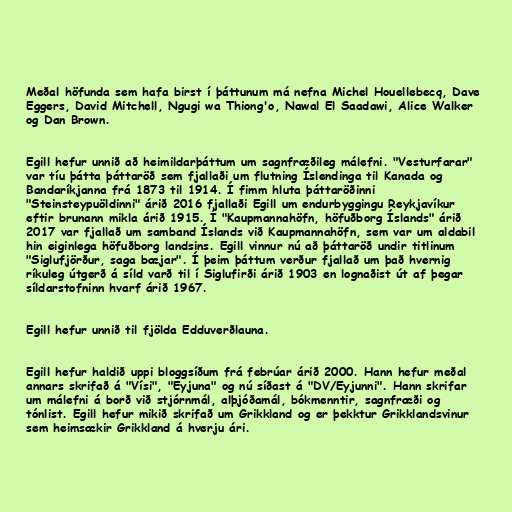
Meðal höfunda sem hafa birst í þáttunum má nefna Michel Houellebecq, Dave
Eggers, David Mitchell, Ngugi wa Thiong'o, Nawal El Saadawi, Alice Walker
og Dan Brown.

Egill hefur unnið að heimildarþáttum um sagnfræðileg málefni. "Vesturfarar"
var tíu þátta þáttaröð sem fjallaði um flutning Íslendinga til Kanada og
Bandaríkjanna frá 1873 til 1914. Í fimm hluta þáttaröðinni
"Steinsteypuöldinni" árið 2016 fjallaði Egill um endurbyggingu Reykjavíkur
eftir brunann mikla árið 1915. Í "Kaupmannahöfn, höfuðborg Íslands" árið
2017 var fjallað um samband Íslands við Kaupmannahöfn, sem var um aldabil
hin eiginlega höfuðborg landsins. Egill vinnur nú að þáttaröð undir titlinum
"Siglufjörður, saga bæjar". Í þeim þáttum verður fjallað um það hvernig
ríkuleg útgerð á síld varð til í Siglufirði árið 1903 en lognaðist út af þegar
síldarstofninn hvarf árið 1967.

Egill hefur unnið til fjölda Edduverðlauna.

Egill hefur haldið uppi bloggsíðum frá febrúar árið 2000. Hann hefur meðal
annars skrifað á "Vísi", "Eyjuna" og nú síðast á "DV/Eyjunni". Hann skrifar
um málefni á borð við stjórnmál, alþjóðamál, bókmenntir, sagnfræði og
tónlist. Egill hefur mikið skrifað um Grikkland og er þekktur Grikklandsvinur
sem heimsækir Grikkland á hverju ári.